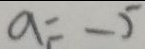
a = - 5